Vana-Antsla_vallavalitsus, lk 23
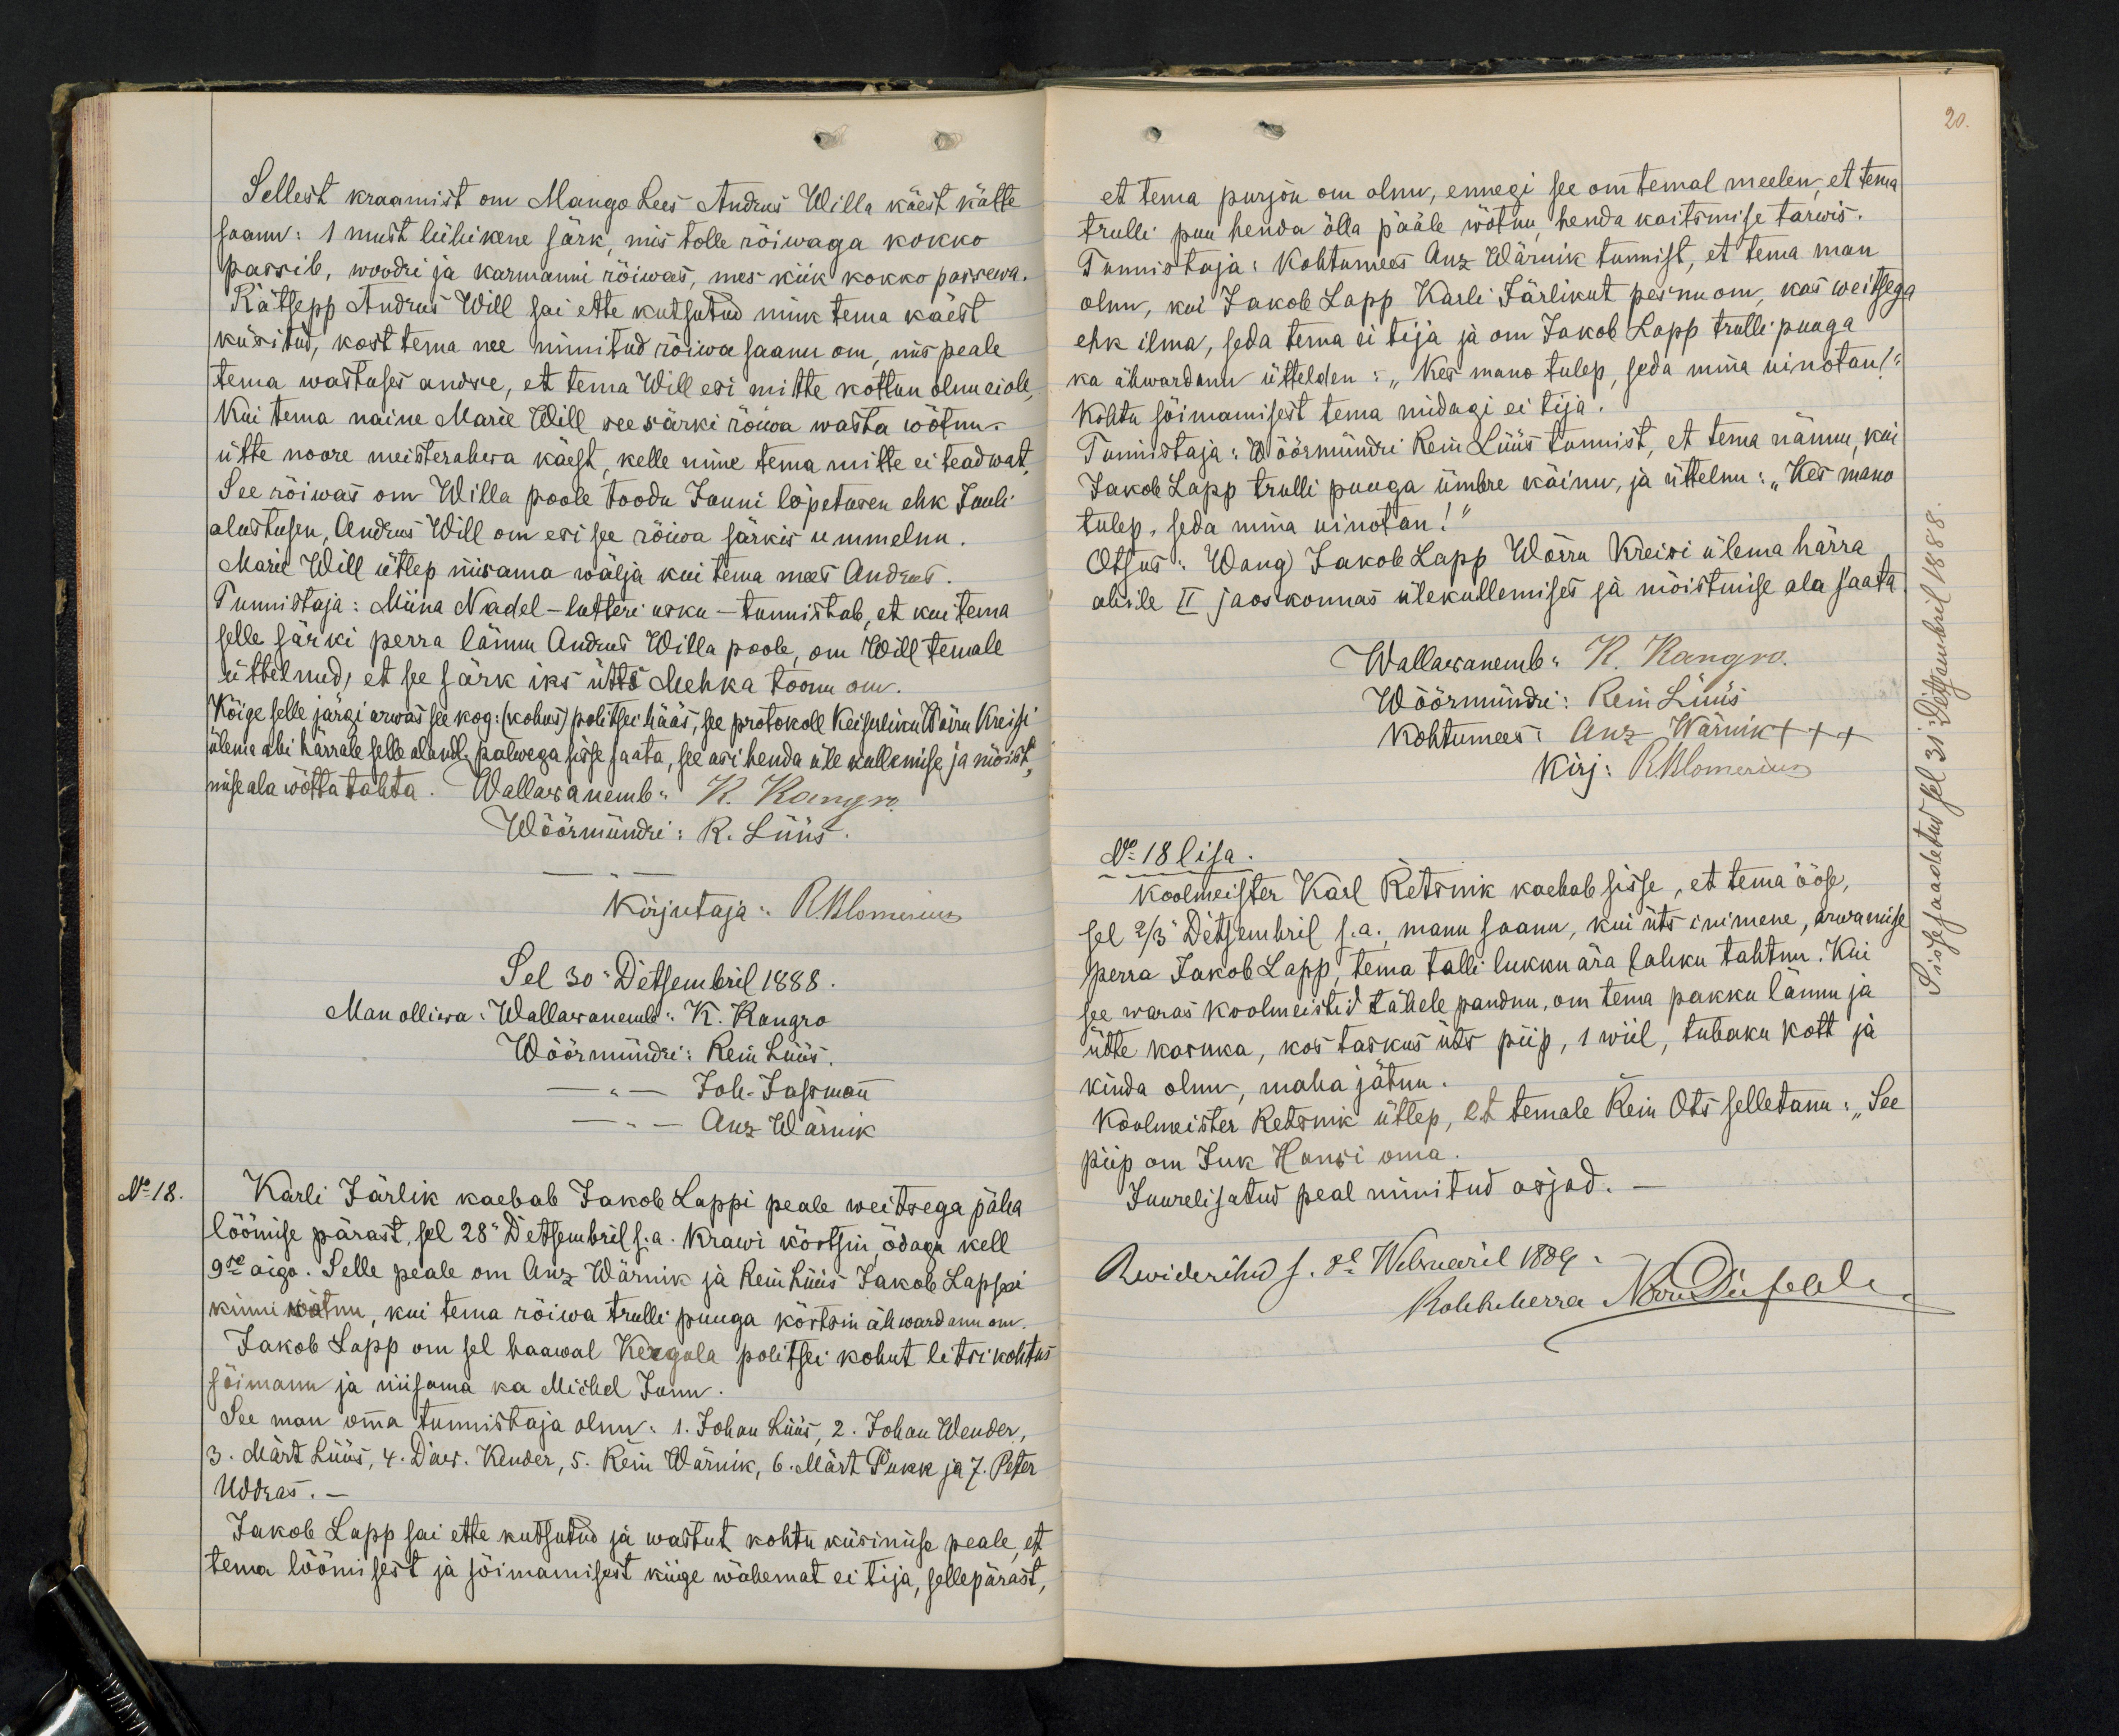
Sellest kraamist on Mango Lees Andrus Willa käest kätte
saanu: 1 must lühikene särk, mis tolle rõiwaga kokko
passib, woodri ja karmanni rõiwas, mes kiik kokko passewa.
Rätsepp Andrus Will sai ette kutsutud nink tema käest
küsitud, kost tema nee nimitud rõiwa saanu om, mis peale
tema wastuses andse, et tema Will esi mitte kottun olnu ei ole,
Kui tema naine Marie Will see särki rõiwa wasta wõtnu.
ütte noore meisterahwa käest, kelle nime tema mitte ei teadwat
See rõiwas om Willa poole toodu Juuni lõpetusen ehk Juuli
alustusen, Andrus Will on esi see rõiwa särkis ummelnu
Marie Will ütlep niisama wälja kui tema mees Andrus.
Tunnistaja: Miina Nadel - lutheri usku - tunnistab, et kui tema
selle särki perra läinu Andrus Willa poole, om Will temale
üttelnud, et see särk iks ütts Mehka toonu om.
Kõige selle järgi arwas see kog: (kohus) politsei hääs, see protokoll Keiserliku Wõrrut Kreisi
ülema abi härrale selle alndl. palwega sisse saata, see asi henda üle kullemise ja mõist-
mise ala wõtta tahta. Wallawanemb: K. Kangro
Wöörmündri: R. Lüüs
Kirjutaja: RBlomerius
Sel 30 Detsembril 1888
Man olliwa: Wallawanemb: K. Kangro
Wöörmündri: Rein Lüüs.
Joh. Jassmann
Anz Wärnik
Karli Järlik kaebab Jakob Lappi peale weitsega päha
löömise pärast, sel 28 Detsembril s.a. Krawi kõrtsin, õdagu kell
9se aigo. Selle peale om Anz Wärnik ja Rein Lüüs Jakob Lappi
kinni wõtnu, kui tema rõiwa trulli puuga kõrtsin ähwardanu om.
Jakob Lapp om sel haawal Kergula politsei kohut litsi kohtus
sõimanu ja niisama ka Michel Junn
See man omma tunnistaja olnu: 1. Johann Lüüs, 2. Johan Wender,
3. Märt Lüüs, 4. Daw. Kender, 5. Rein Wärnik, 6. Märt Pukk ja 7. Peter
Uddras.
Jakob Lapp sai ette kutsutud ja wastut kohtu küsimise peale, et
tema löömisest ja sõimamisest keige wähemat ei tija, sellepärast,

20.
et tema purjon om olnu, ennegi see om temal meelen, et tema
trulli puu henda õlla pääle wõtnu henda kaitamise tarwis.
Tunnistaja: Kohtumees Anz Wärnik tunnist, et tema man
olnu, kui Jakob Lapp Karli Järlikut pesnu om, kas weitsega
ehk ilma, seda tema ei tija ja om Jakob Lapp trulli puuga
ka ähwardanu üttelden: "Kes mano tulep, seda mina uinotan!"
Kohtu sõimamisest tema midagi ei tija.
Tunnistaja: Wöörmündri Rein Lüüs tunnist, et tema nännu, kui
Jakob Lapp trulli puuga ümbre käinu, ja üttelnu: "Kes mano
tulep, seda mina uinotan!"
Otsus: Wang Jakob Lapp Wõrru Kreisi ülema härra
abile II jaoskonnas ülekullemises ja mõistmise ala saata
Wallawanemb: K. Kangro.
Wöörmündri: Rein Lüüs
Kohtumees: Anz Wärnik +++
Kirj: R.Blomerius
No 18 lisa.
koolmeister Karl Retsnik kaebab sisse, et tema ööse
sel 2/3 Detsembril s.a., manu saanu, kui üts inimene, arwamise
perra Jakob Lapp, tema talli lukku ära lahku tahtnu. Kui
see waras koolmeistid tähele pandnu, om tema pakku lännu ja
ütte kasuka, kos taskus üts piip, 1 wiil, tubaku kott ja
kinda olnud, maha jätnu.
Koolmeister Retsnik ütlep, et temale Rein Ots selletanu: "See
piip om Juk Hansi oma
Juure lisatud peal nimitud asjad.
Revideritud s. 8l Webruaril 1889.
Kohtuherra MDüf

No 18.